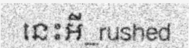
នេះអី_rushed